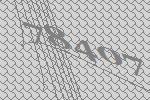
78407